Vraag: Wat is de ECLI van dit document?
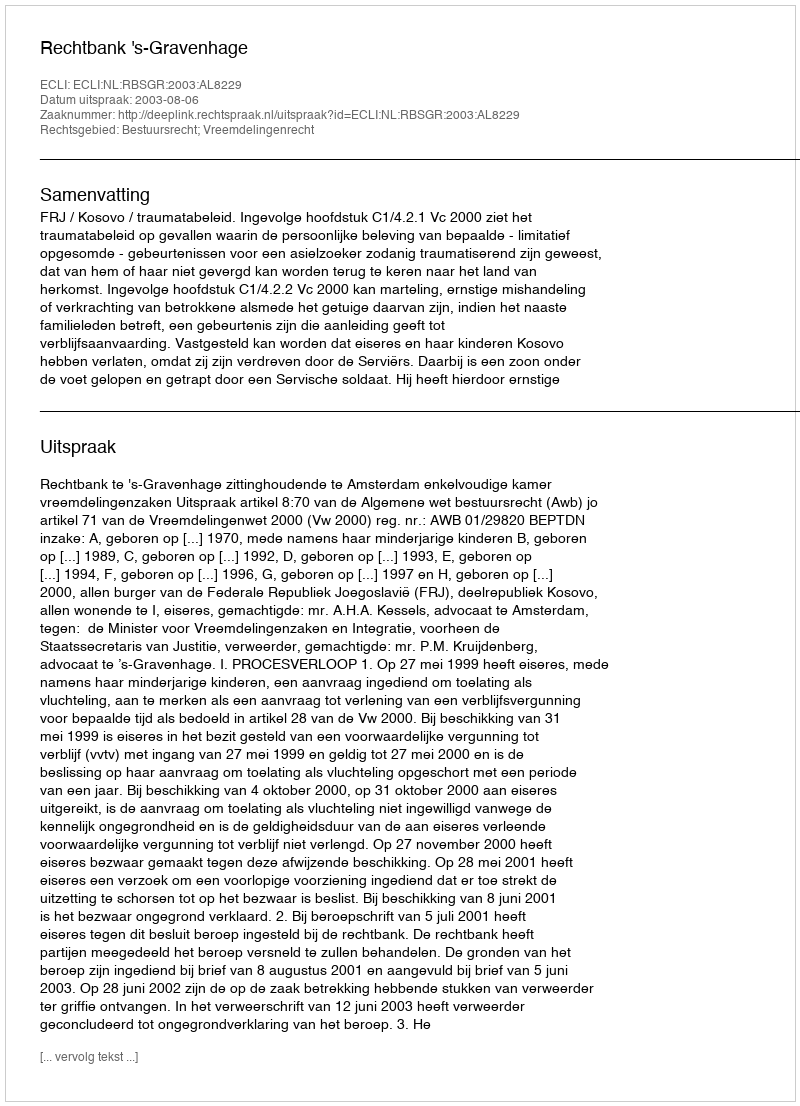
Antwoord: ECLI:NL:RBSGR:2003:AL8229